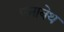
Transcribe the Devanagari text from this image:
एनाबेथ